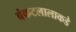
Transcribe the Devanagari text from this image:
बंकटलालाकडे